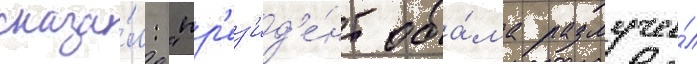
сказа́л: "пр'ез'ид'е́нт оба́ма разлучи́л